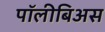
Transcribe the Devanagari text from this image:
पॉलीबिअस